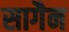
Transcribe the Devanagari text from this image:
सागैन